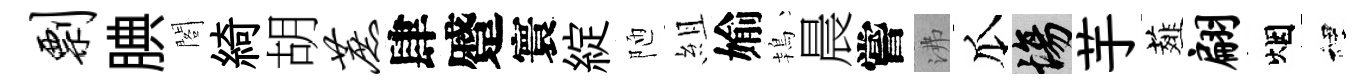
剽腆閣綺胡蔗肆蹙寰綻陋組媮鴇晨嘗沸瓜場芋薤翩烟裡